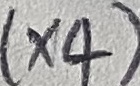
Text: (×4)